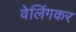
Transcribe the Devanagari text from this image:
वेलिंगकर